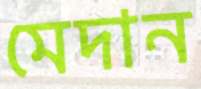
মেদান